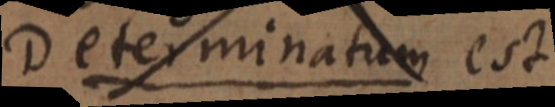
Determinatum est,